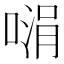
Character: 𪡵